Statistical return of the lunatic asylum in Assam - 1912-1932
Year: 1912
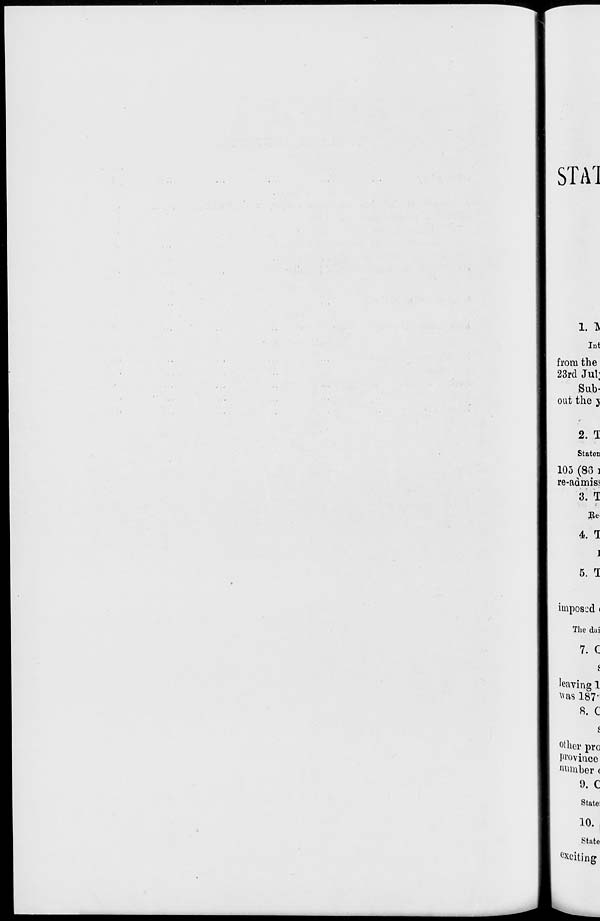
STA1
1. TV
Int
from the
23rd Jut;
Sub-
oat the j
2. T
Stateri
105 (83 i
re-atimiss
3. T
He
4. 1
]
5. T
imposed <
The dai
7. C
t
leaving 1
was 187'
8. C
other pro
Province
number (
9. C
Statei
10.
State
^citing